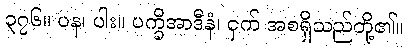
၃၇၆။ ပန၊ ပါး။ ပက္ခိအာဒီနံ၊ ငှက် အစရှိသည်တို့၏။